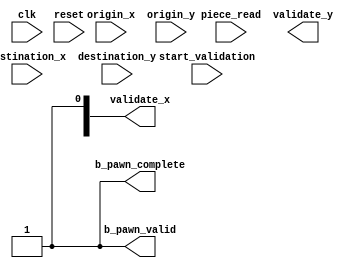
module validator_b_pawn (
  input clk,
  input start_validation,
  output reg b_pawn_complete,
  input reset,
  input [2:0] origin_x, origin_y,
  input [2:0] destination_x, destination_y,
  input [3:0] piece_read,

  output [2:0] validate_x, validate_y,
  output reg b_pawn_valid
  );

  // to be done later
  always @ ( * ) begin
    b_pawn_valid = 1'b1;
	 b_pawn_complete = 1'b1;
  end
  
endmodule